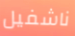
ناشفيل